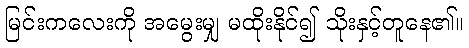
မြင်းကလေးကို အမွေးမျှ မထိုးနိုင်၍ သိုးနှင့်တူနေ၏။